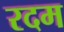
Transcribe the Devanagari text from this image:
रदम